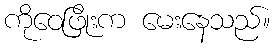
ကိုဝေဖြိုးက မေးနေသည်။